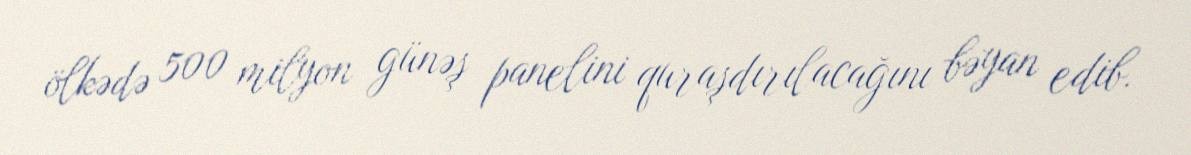
ölkədə 500 milyon günəş panelini quraşdırılacağını bəyan edib.